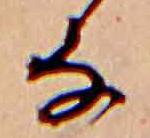
な